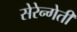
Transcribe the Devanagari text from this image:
सेरेन्गेती